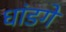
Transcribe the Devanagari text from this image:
धांडगे